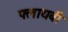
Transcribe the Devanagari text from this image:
फ्लायबी